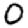
Digit: 0